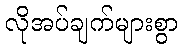
လိုအပ်ချက်များစွာ